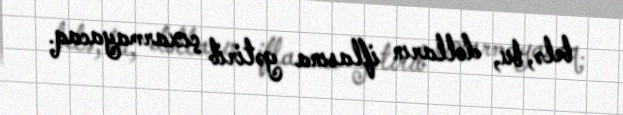
belə, bu, dolların iflasına gətirib çıxarmayacaq.